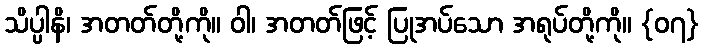
သိပ္ပါနိ၊ အတတ်တို့ကို။ ဝါ၊ အတတ်ဖြင့် ပြုအပ်သော အရုပ်တို့ကို။ {၀၇}